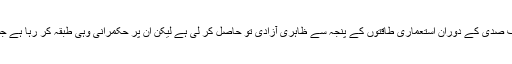
مسلم ممالک کا المیہ یہ ہے کہ ان میں سے بیشتر ممالک نے گزشتہ نصف صدی کے دوران استعماری طاقتوں کے پنجہ سے ظاہری آزادی تو حاصل کر لی ہے لیکن ان پر حکمرانی وہی طبقہ کر رہا ہے جسے ان سامراجی قوتوں نے اپنے مخصوص مقاصد کے لیے تیار کیا تھا۔